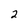
Character: 2